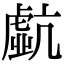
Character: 𧇠